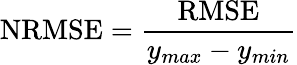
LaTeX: \textrm{NRMSE}=\frac{\textrm{RMSE}}{y_{max}-y_{min}}